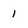
Character: 1